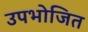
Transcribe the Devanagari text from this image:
उपभोजित